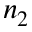
n _ { 2 }